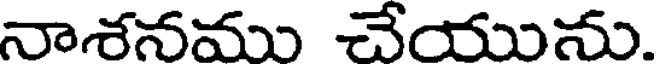
నాశనము చేయును.